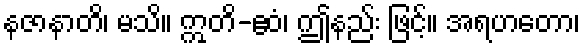
နဇာနာတိ၊ မသိ။ ဣတိ-ဧဝံ၊ ဤနည်း ဖြင့်။ အရဟတော၊